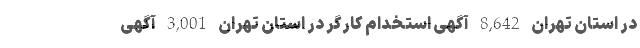
در استان تهران 8,642 آگهی استخدام کارگر در استان تهران 3,001 آگهی